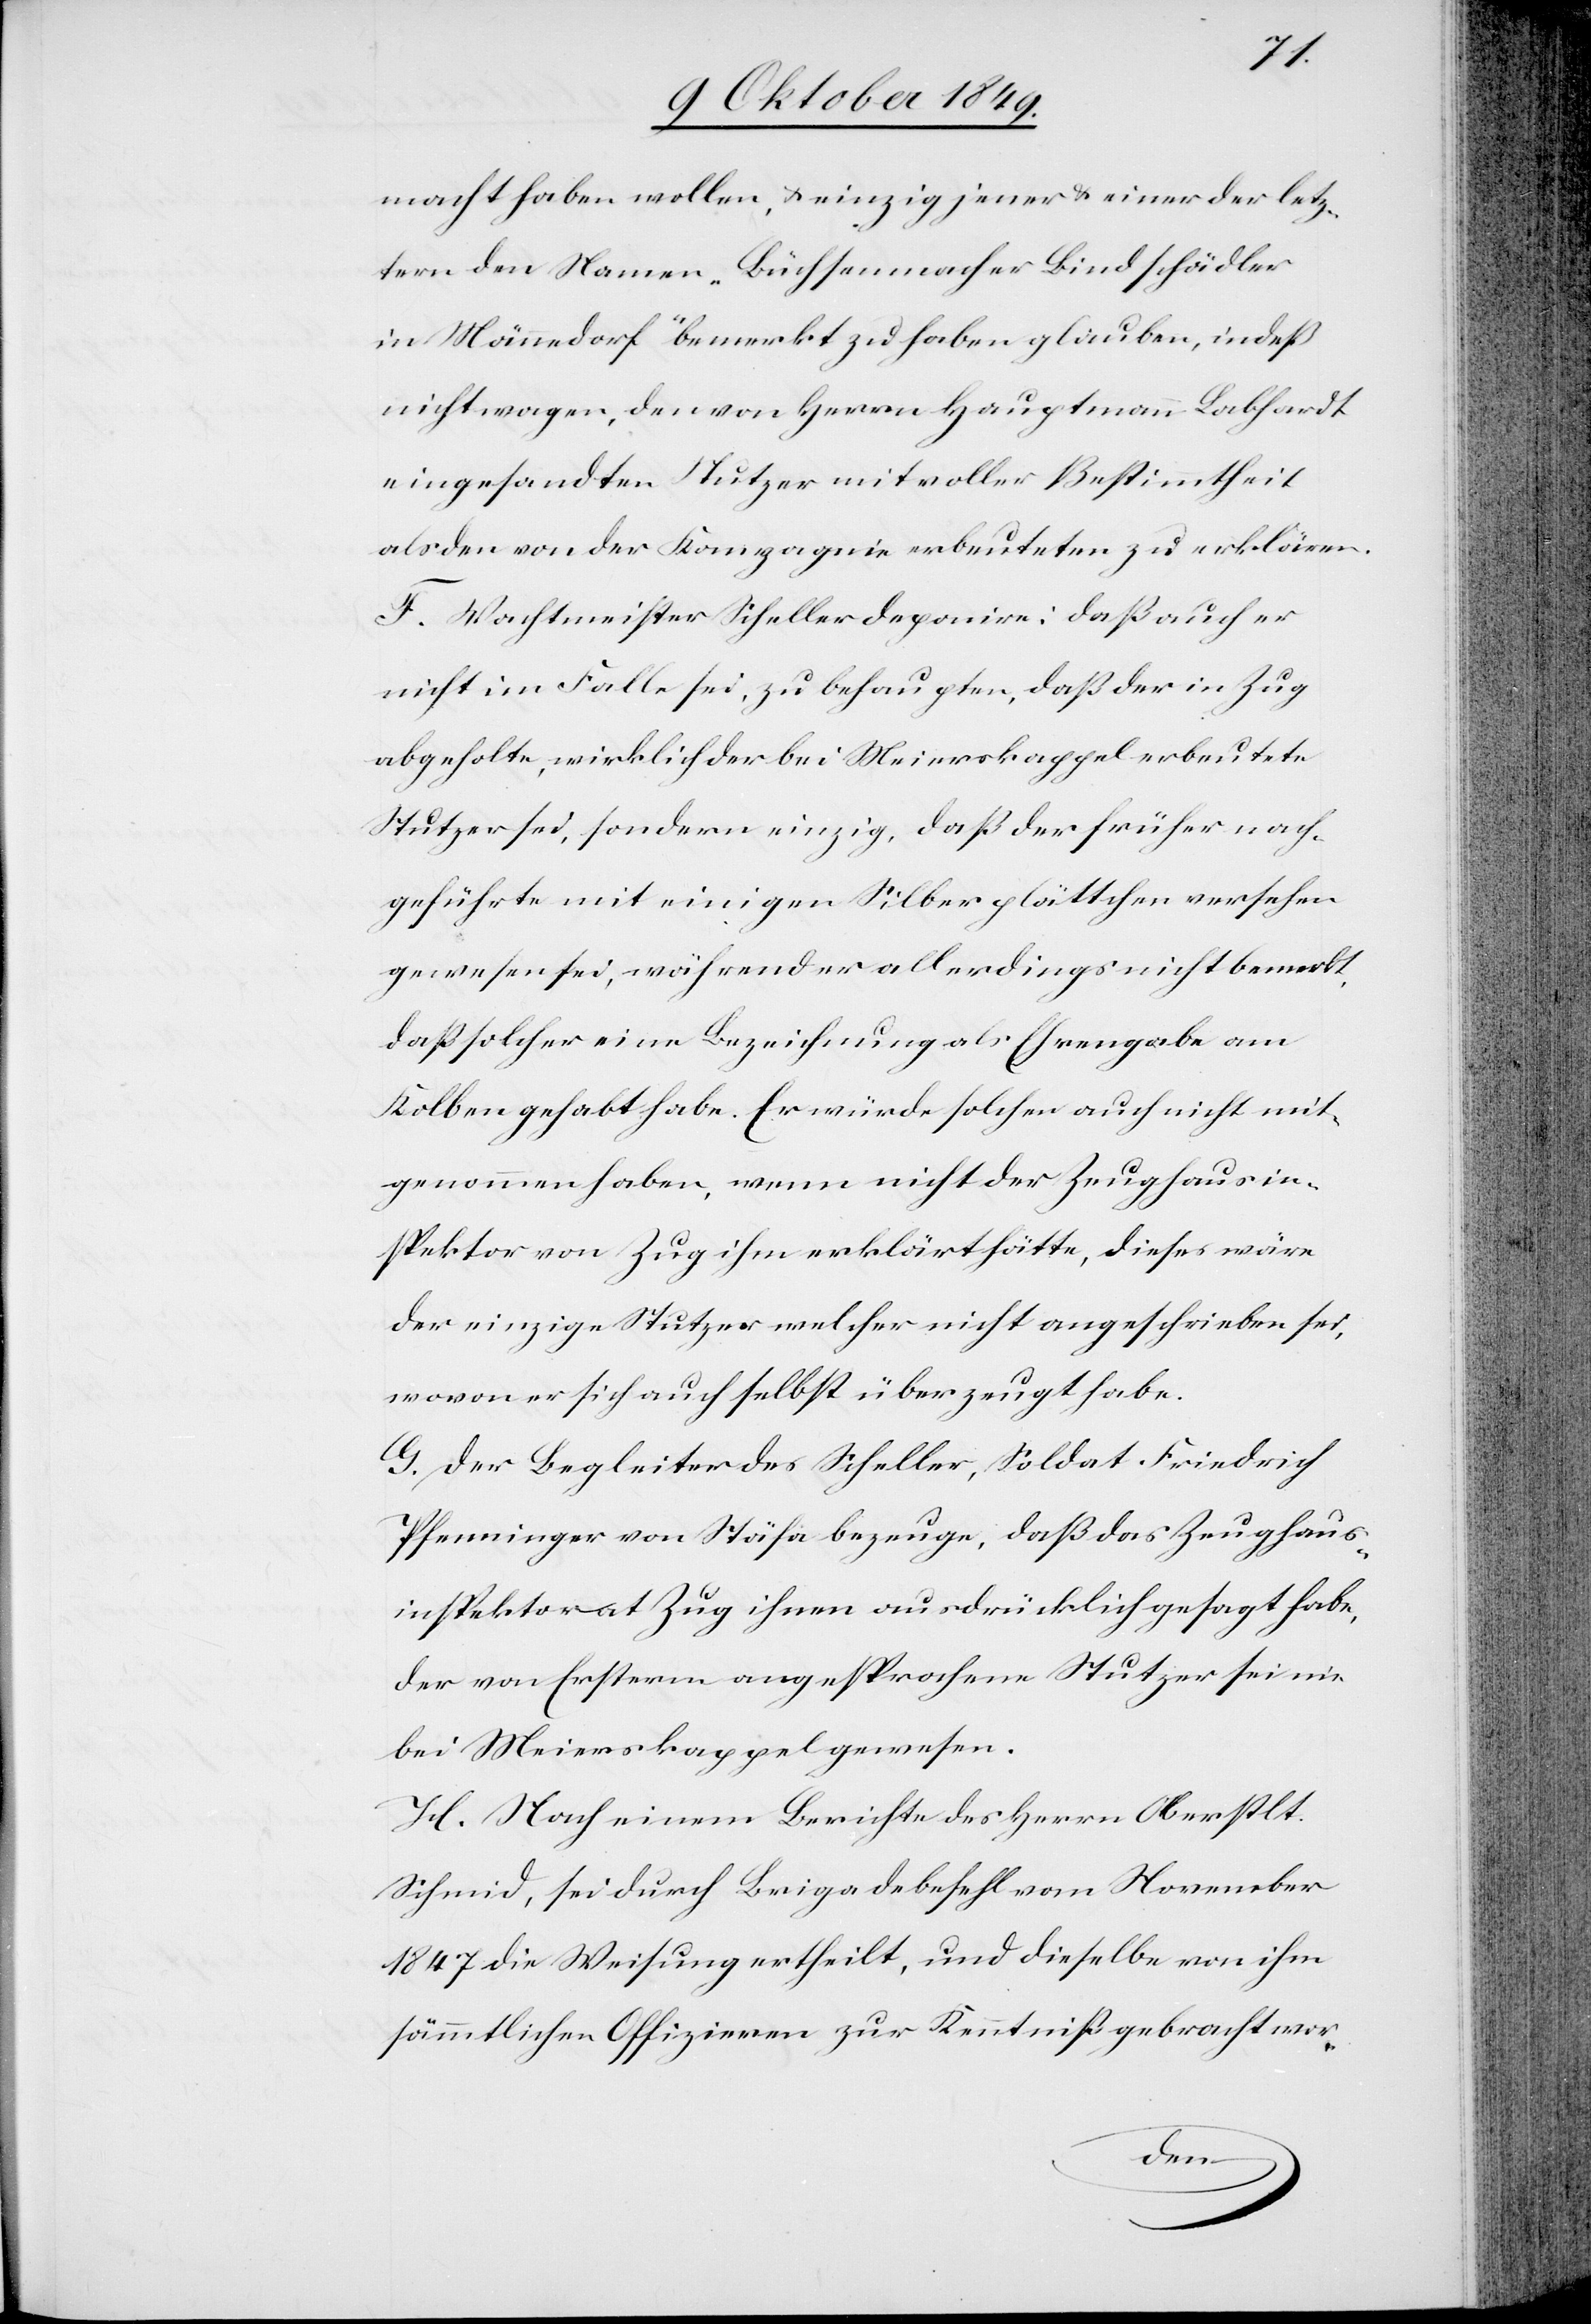
macht haben wollen, u. einzig jener u. einer der letz¬
tern den Namen „Büchsenmacher Lindschädler
in Männedorf“ bemerkt zu haben glauben, indeß
nicht wagen, den von Herrn Hauptmann Labhardt
eingesandten Nutzer mit voller Bestimmtheit
als den von der Kompagnie erbeuteten zu erklären.
F. Wachtmeister Scheller deponire: daß auch er
nicht im Falle sei, zu behaupten, daß der in Zug
abgeholte, wirklich der bei Meierkappel erbeutete
Stutzer sei, sondern einzig, daß der früher nach¬
geführte mit einigen Silberplättchen versehen
gewesen sei, während er allerdings nicht bemerkt,
daß solcher eine Bezeichnung als Ehrengabe am
Kolben gehabt habe. Er würde solchen auch nicht mit¬
genommen haben, wenn nicht der Zeughausin¬
spektor von Zug ihm erklärt hätte, dieses wäre
der einzige Stutzer welcher nicht angeschrieben sei,
wovon er sich auch selbst überzeugt habe.
G. Der Begleiter des Scheller, Soldat Friedrich
Pfenninger von Stäfa bezeuge, daß das Zeughaus¬
inspektorat Zug ihnen ausdrücklich gesagt habe,
der von Ersterm angesprochene Stutzer sei nie
bei Meierkappel gewesen.
H. Nach einem Berichte des Herrn Oberstlt.
Schmid, sei durch Brigadebefehl vom November
1847 die Weisung ertheilt, und dieselbe von ihm
sämmtlichen Offizieren zur Kenntniß gebracht wor-